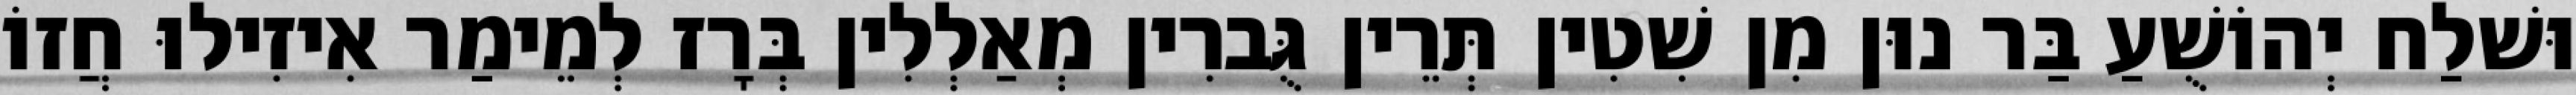
וּשׁלַח יְהוֹשֻׁעַ בַּר נוּן מִן שִׁטִין תְּרֵין גֻּברִין מְאַלְלִין בְּרָז לְמֵימַר אִיזִילוּ חֲזוֹ